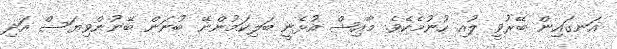
އަނގައިން ބޭރުވީ ލުއި ހުނުމެކެވެ. މާއިޝް އުޅެނީ ބަލިކަމުންނޭ ބުނަން ބޭނުންވިޔަސް އަދި